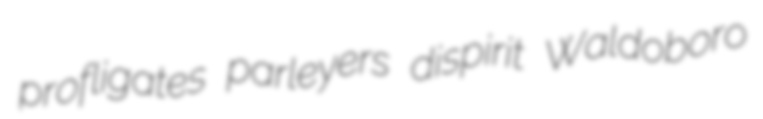
profligates parleyers dispirit Waldoboro